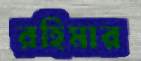
রহিমার